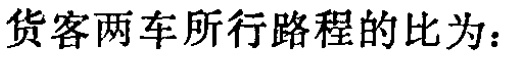
货客两车所行路程的比为：